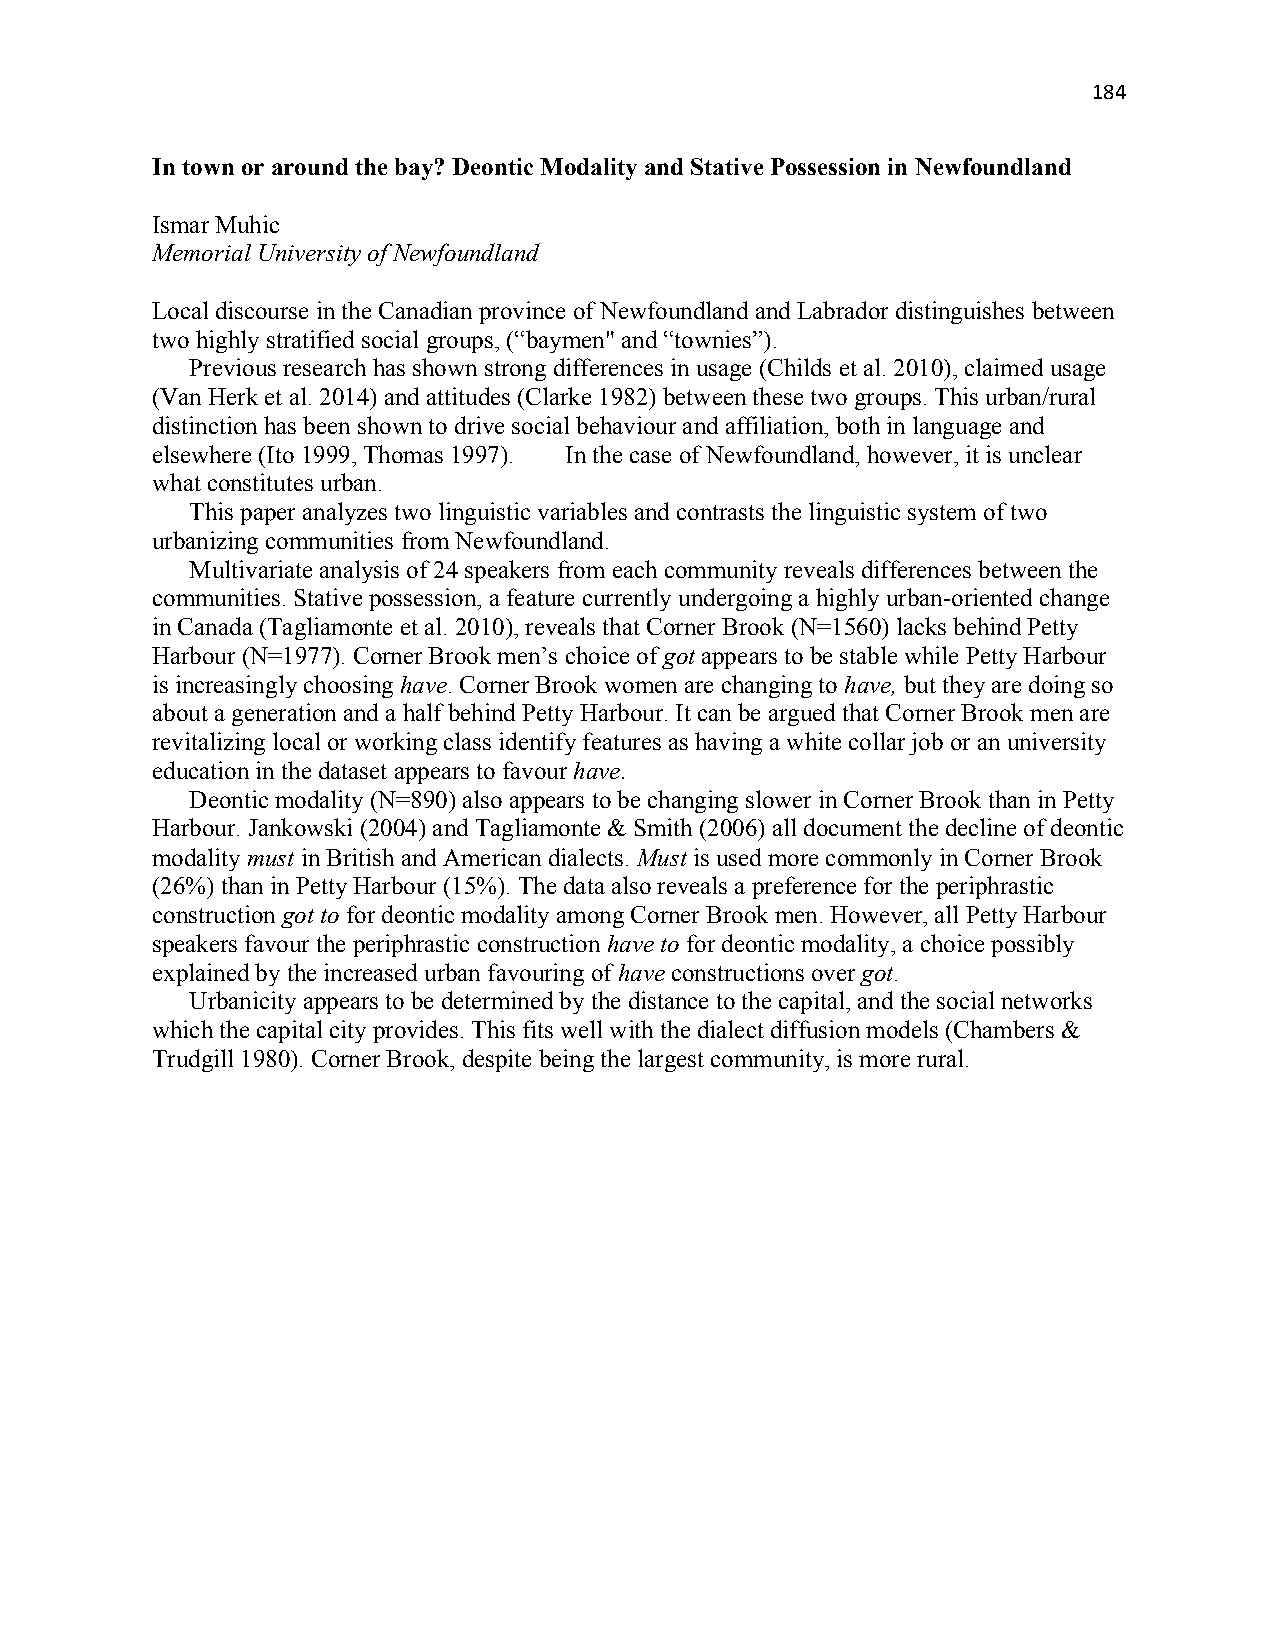
184
 In town or around the bay? Deontic Modality and Stative Possession in Newfoundland
 Ismar Muhic
 Memorial University of Newfoundland
 Local discourse in the Canadian province of Newfoundland and Labrador distinguishes between
 two highly stratified social groups, (“baymen" and “townies”).
 Previous research has shown strong differences in usage (Childs et al. 2010), claimed usage
 (Van Herk et al. 2014) and attitudes (Clarke 1982) between these two groups. This urban/rural
 distinction has been shown to drive social behaviour and affiliation, both in language and
 elsewhere (Ito 1999, Thomas 1997). In the case of Newfoundland, however, it is unclear
 what constitutes urban.
 This paper analyzes two linguistic variables and contrasts the linguistic system of two
 urbanizing communities from Newfoundland.
 Multivariate analysis of 24 speakers from each community reveals differences between the
 communities. Stative possession, a feature currently undergoing a highly urban-oriented change
 in Canada (Tagliamonte et al. 2010), reveals that Corner Brook (N=1560) lacks behind Petty
 Harbour (N=1977). Corner Brook men’s choice of got appears to be stable while Petty Harbour
 is increasingly choosing have. Corner Brook women are changing to have, but they are doing so
 about a generation and a half behind Petty Harbour. It can be argued that Corner Brook men are
 revitalizing local or working class identify features as having a white collar job or an university
 education in the dataset appears to favour have.
 Deontic modality (N=890) also appears to be changing slower in Corner Brook than in Petty
 Harbour. Jankowski (2004) and Tagliamonte & Smith (2006) all document the decline of deontic
 modality must in British and American dialects. Must is used more commonly in Corner Brook
 (26%) than in Petty Harbour (15%). The data also reveals a preference for the periphrastic
 construction got to for deontic modality among Corner Brook men. However, all Petty Harbour
 speakers favour the periphrastic construction have to for deontic modality, a choice possibly
 explained by the increased urban favouring of have constructions over got.
 Urbanicity appears to be determined by the distance to the capital, and the social networks
 which the capital city provides. This fits well with the dialect diffusion models (Chambers &
 Trudgill 1980). Corner Brook, despite being the largest community, is more rural.